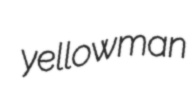
yellowman